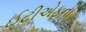
ઈટીએફની